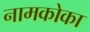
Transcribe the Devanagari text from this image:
नामकोका